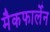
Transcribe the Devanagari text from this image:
मैकफार्लेन